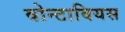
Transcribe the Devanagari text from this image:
वोन्टावियस